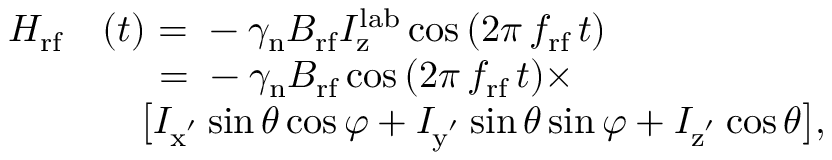
\begin{array} { r l } { H _ { \mathrm { r f } } } & { ( t ) ~ { = } ~ - \gamma _ { \mathrm { n } } B _ { \mathrm { r f } } I _ { \mathrm { z } } ^ { \mathrm { l a b } } \cos { ( 2 \pi \, f _ { \mathrm { r f } } \, t ) } } \\ & { \, ~ ~ ~ ~ { = } ~ - \gamma _ { \mathrm { n } } B _ { \mathrm { r f } } \cos { ( 2 \pi \, f _ { \mathrm { r f } } \, t ) } \times } \\ & { ~ ~ ~ \bigl [ I _ { \mathrm { x ^ { ' } } } \sin { \theta } \cos { \varphi } + I _ { \mathrm { y ^ { ' } } } \sin { \theta } \sin { \varphi } + I _ { \mathrm { z ^ { ' } } } \cos { \theta } \bigr ] , } \end{array}